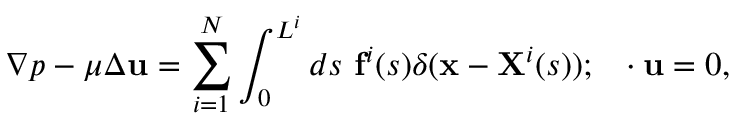
\nabla p - \mu \Delta \mathbf { u } = \sum _ { i = 1 } ^ { N } \int _ { 0 } ^ { L ^ { i } } d s ~ \mathbf { f } ^ { i } ( s ) \delta ( \mathbf { x } - \mathbf { X } ^ { i } ( s ) ) ; ~ \mathbf { \nabla } \cdot \mathbf { u } = 0 ,